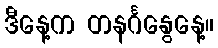
ဒီနေ့က တနင်္ဂနွေနေ့။